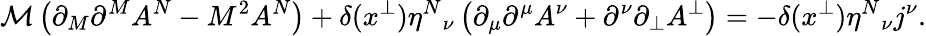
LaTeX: \mathcal{M}\left(\partial_{M}\partial^{M}A^{N}-M^{2}A^{N}\right)+\delta(x^{\perp})\eta^{N}{}_{\nu}\left(\partial_{\mu}\partial^{\mu}A^{\nu}+\partial^{\nu}\partial_{\perp}A^{\perp}\right)=-\delta(x^{\perp})\eta^{N}{}_{\nu}j^{\nu}.